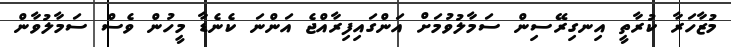
މުޒާހަރާ ކުރާތީ އިނގިރޭސިން ސަމާލުވުމަށް އަންގައިފިރާއްޖެ އަންނަ ކެނެޑާ މީހުން ވެސް ސަމާލުވާން